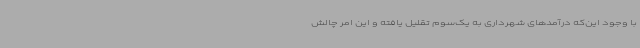
با وجود این‌که درآمدهای شهرداری به یک‌سوم تقلیل یافته و این امر چالش